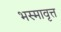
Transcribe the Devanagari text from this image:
भस्मावृत्त